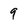
Character: 9